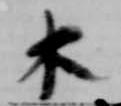
木